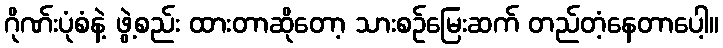
ဂိုဏ်းပုံစံနဲ့ ဖွဲ့စည်း ထားတာဆိုတော့ သားစဉ်မြေးဆက် တည်တံ့နေတာပေါ့။